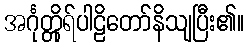
အင်္ဂုတ္တိုရ်ပါဠိတော်နိသျပြီး၏။